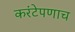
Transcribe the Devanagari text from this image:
करंटेपणाच